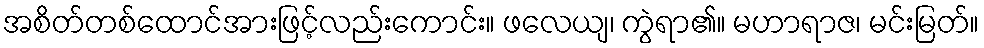
အစိတ်တစ်ထောင်အားဖြင့်လည်းကောင်း။ ဖလေယျ၊ ကွဲရာ၏။ မဟာရာဇ၊ မင်းမြတ်။